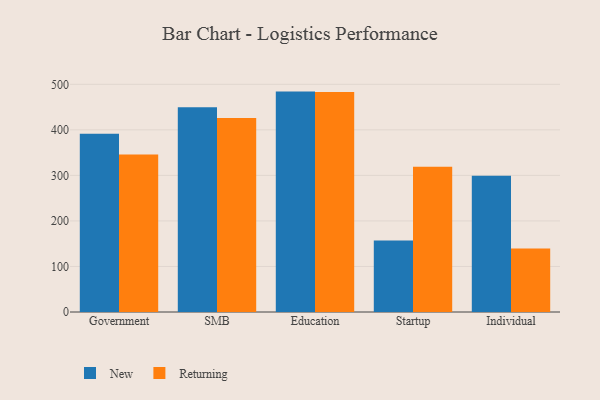
{"axis": {"x": "Segment", "y": "Shipments"}, "legend": ["New", "Returning"], "data": [{"x": "Government", "y": 391.7, "type": "New"}, {"x": "Government", "y": 346.1, "type": "Returning"}, {"x": "SMB", "y": 449.4, "type": "New"}, {"x": "SMB", "y": 426.0, "type": "Returning"}, {"x": "Education", "y": 484.0, "type": "New"}, {"x": "Education", "y": 482.9, "type": "Returning"}, {"x": "Startup", "y": 157.1, "type": "New"}, {"x": "Startup", "y": 318.7, "type": "Returning"}, {"x": "Individual", "y": 299.1, "type": "New"}, {"x": "Individual", "y": 139.5, "type": "Returning"}]}